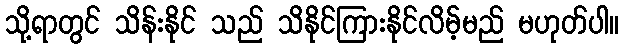
သို့ရာတွင် သိန်းနိုင် သည် သိနိုင်ကြားနိုင်လိမ့်မည် မဟုတ်ပါ။